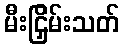
မီးငြှိမ်းသတ်